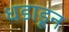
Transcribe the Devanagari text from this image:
धडाडून